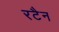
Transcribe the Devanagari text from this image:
रटैन